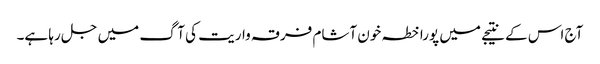
آج اس کے نتیجے میں پورا خطہ خون آشام فرقہ واریت کی آگ میں جل رہا ہے۔